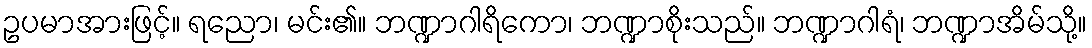
ဥပမာအားဖြင့်။ ရညော၊ မင်း၏။ ဘဏ္ဍာဂါရိကော၊ ဘဏ္ဍာစိုးသည်။ ဘဏ္ဍာဂါရံ၊ ဘဏ္ဍာအိမ်သို့။